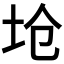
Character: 𱖏